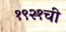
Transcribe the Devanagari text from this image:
१९२१ची